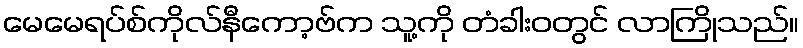
မေမေရပ်စ်ကိုလ်နီကော့ဗ်က သူ့ကို တံခါးဝတွင် လာကြိုသည်။